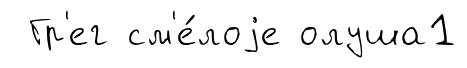
Гр'ег см'е́лоjе олуша1